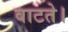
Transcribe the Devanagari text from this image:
वाटते।